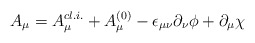
\begin{align*}A_\mu = A_{\mu}^{cl.i.} + A_{\mu}^{(0)} - \epsilon_{\mu\nu}\partial_\nu \phi+ \partial_\mu \chi\end{align*}